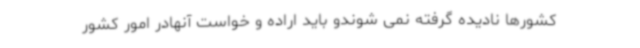
کشورها نادیده گرفته نمی شوندو باید اراده و خواست آنهادر امور کشور